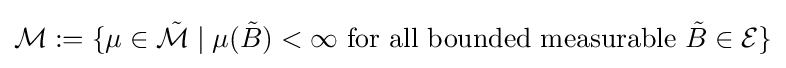
{\mathcal {M}}:=\{\mu \in {\tilde {\mathcal {M}}}\mid \mu ({\tilde {B}})<\infty {\text{ for all bounded measurable }}{\tilde {B}}\in {\mathcal {E}}\}